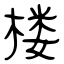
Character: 楼